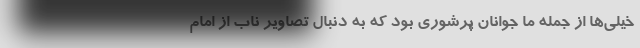
خیلی‌ها از جمله ما جوانان پرشوری بود که به دنبال تصاویر ناب از امام